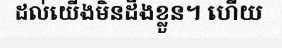
ដល់យើងមិនដឹងខ្លួន។ ហើយ